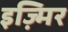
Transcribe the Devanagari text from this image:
इज़्मिर